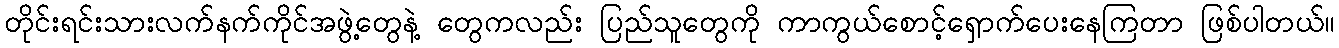
တိုင်းရင်းသားလက်နက်ကိုင်အဖွဲ့တွေနဲ့ တွေကလည်း ပြည်သူတွေကို ကာကွယ်စောင့်ရှောက်ပေးနေကြတာ ဖြစ်ပါတယ်။